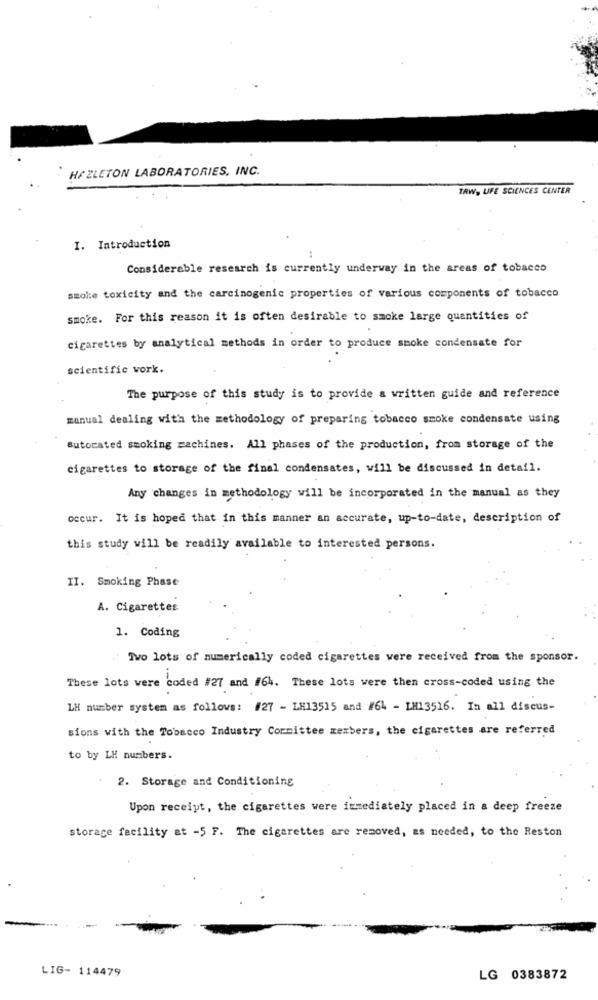
HAZLETON LABORATORIES, INC.
TAW, LIFE SCIENCES CENTER
I. Introduction
Considerable research is currently underway in the areas of tobacco
smoke toxicity and the carcinogenic properties of various components of tobacco
smoke. For this reason it is often desirable to smoke large quantities of
cigarettes by analytical methods in order to produce smoke condensate for
scientific vork.
The purpose of this study is to provide a written guide and reference
manual dealing with the methodology of preparing tobacco smoke condensate using
Butorated smoking machines. All phases of the production, from storage of the
cigarettes to storage of the final condensates, will be discussed in detail.
Any changes in methodology will be incorporated in the manual as they
occur. It is hoped that in this manner an accurate, up-to-date, description of
this study will be readily available to interested persons.
II. Smoking Phase
A. Cigarettes
1. Coding
Ivo lots of numerically coded cigarettes were received from the sponsor.
These lots were coded #27 and #64. These lots were then cross-coded using the
LH number system as follows: #27 - LH13515 and #64 - LM13516. In all discus-
sions with the Tobacco Industry Committee members, the cigarettes are referred
to by LH numbers.
2. Storage and Conditioning
Upon receipt, the cigarettes were immediately placed in a deep freeze
storage facility at -5 F. The cigarettes are removed, as needed, to the Reston
LIG- 114479
LG 0383872